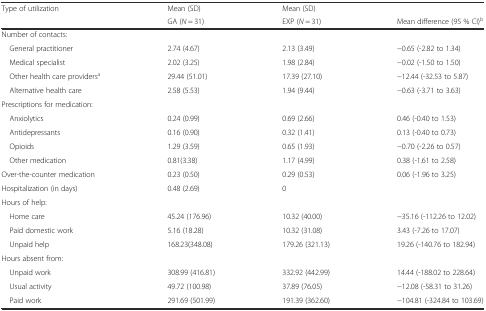
| Type of utilization | Mean (SD) | Mean (SD) |  |
 |  | GA (N = 31) | EXP (N = 31) | Mean difference (95 % CI)b |
 | --- | --- | --- | --- |
 | Number of contacts: |  |  |  |
 | General practitioner | 2.74 (4.67) | 2.13 (3.49) | −0.65 (-2.82 to 1.34) |
 | Medical specialist | 2.02 (3.25) | 1.98 (2.84) | −0.02 (-1.50 to 1.50) |
 | Other health care providersa | 29.44 (51.01) | 17.39 (27.10) | −12.44 (-32.53 to 5.87) |
 | Alternative health care | 2.58 (5.53) | 1.94 (9.44) | −0.63 (-3.71 to 3.63) |
 | Prescriptions for medication: |  |  |  |
 | Anxiolytics | 0.24 (0.99) | 0.69 (2.66) | 0.46 (-0.40 to 1.53) |
 | Antidepressants | 0.16 (0.90) | 0.32 (1.41) | 0.13 (-0.40 to 0.73) |
 | Opioids | 1.29 (3.59) | 0.65 (1.93) | −0.70 (-2.26 to 0.57) |
 | Other medication | 0.81(3.38) | 1.17 (4.99) | 0.38 (-1.61 to 2.58) |
 | Over-the-counter medication | 0.23 (0.50) | 0.29 (0.53) | 0.06 (-1.96 to 3.25) |
 | Hospitalization (in days) | 0.48 (2.69) | 0 |  |
 | Hours of help: |  |  |  |
 | Home care | 45.24 (176.96) | 10.32 (40.00) | −35.16 (-112.26 to 12.02) |
 | Paid domestic work | 5.16 (18.28) | 10.32 (31.08) | 3.43 (-7.26 to 17.07) |
 | Unpaid help | 168.23(348.08) | 179.26 (321.13) | 19.26 (-140.76 to 182.94) |
 | Hours absent from: |  |  |  |
 | Unpaid work | 308.99 (416.81) | 332.92 (442.99) | 14.44 (-188.02 to 228.64) |
 | Usual activity | 49.72 (100.98) | 37.89 (76.05) | −12.08 (-58.31 to 31.26) |
 | Paid work | 291.69 (501.99) | 191.39 (362.60) | −104.81 (-324.84 to 103.69) |